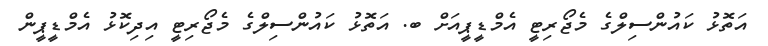
އަތޮޅު ކައުންސިލްގެ މެޖޯރިޓީ އެމްޑީޕީއަށް ބ. އަތޮޅު ކައުންސިލްގެ މެޖޯރިޓީ އިދިކޮޅު އެމްޑީޕީން